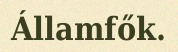
Államfők.